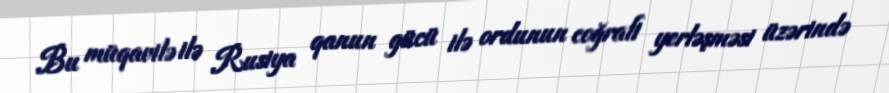
Bu müqavilə ilə Rusiya qanun gücü ilə ordunun coğrafi yerləşməsi üzərində